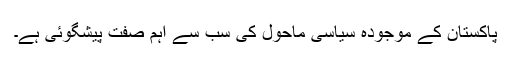
پاکستان کے موجودہ سیاسی ماحول کی سب سے اہم صفت پیشگوئی ہے۔